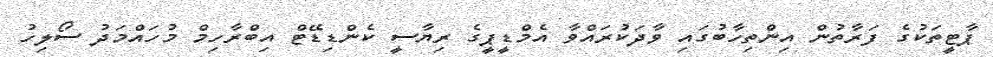
ޕާޓީތަކުގެ ފަރާތުން އިންތިހާބުގައި ވާދަކުރައްވާ އެމްޑީޕީގެ ރިޔާސީ ކެންޑިޑޭޓް އިބްރާހިމް މުހައްމަދު ސޯލިހު